Indian journal of veterinary science and animal husbandry - Volumes 15-17, 1948-1951
Year: 1948
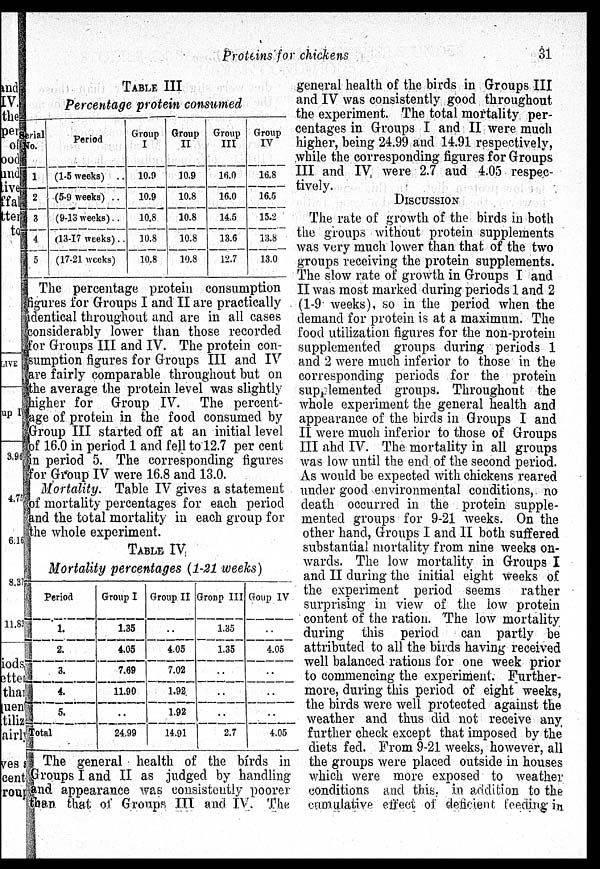
Proteins for chickens
31
TABLE III
Percentage protein consumed
Serial
No.
1
2
3
4
5
Period
(1-5 weeks) ..
(5-9 weeks) ..
(9-13 weeks)..
(13-17 weeks)..
(17-21 weeks)
Group
I
10.9
10.9
10.8
10.8
10.8
Group
II
10.9
10.8
10.8
10.8
10.8
Group
III
16.0
16.0
14.5
13.6
12.7
Group
IV
16.8
16.5
15.2
13.8
13.0
The percentage protein consumption
figures for Groups I and II are practically
dentical throughout and are in all cases
considerably lower than those recorded
for Groups III and IV. The protein con-
sumption figures for Groups III and IV
are fairly comparable throughout but on
the average the protein level was slightly
higher for Group IV. The percent-
age of protein in the food consumed by
Group III started off at an initial level
of 16.0 in period 1 and fell to 12.7 per cent
in period 5. The corresponding figures
for Group IV were 16.8 and 13.0.
Mortality. Table IV gives a statement
of mortality percentages for each period
and the total mortality in each group for
the whole experiment.
TABLE IV
Mortality percentages (1-21 weeks)
Period
1.
2.
3.
4.
5.
Total
Group I
1.35
4.05
7.69
11.90
..
24.99
Group II
..
4.05
7.02
1.92
1.92
14.91
Group III
1.35
1.35
..
..
..
2.7
Goup IV
..
4.05
..
..
..
4.05
The general health of the birds in
Groups I and II as judged by handling
and appearance was consistently poorer
than that of Groups III and IV. The
general health of the birds in Groups III
and IV was consistently good throughout
the experiment. The total mortality per-
centages in Groups I and II were much
higher, being 24.99 and 14.91 respectively,
while the corresponding figures for Groups
III and IV were 2.7 aud 4.05 respec-
tively.
DISCUSSION
The rate of growth of the birds in both
the groups without protein supplements
was very much lower than that of the two
groups receiving the protein supplements.
The slow rate of growth in Groups I and
II was most marked during periods 1 and 2
(1-9 weeks), so in the period when the
demand for protein is at a maximum. The
food utilization figures for the non-protein
supplemented groups during periods 1
and 2 were much inferior to those in the
corresponding periods for the protein
supplemented groups. Throughout the
whole experiment the general health and
appearance of the birds in Groups I and
II were much inferior to those of Groups
III ahd IV. The mortality in all groups
was low until the end of the second period.
As would be expected with chickens reared
under good environmental conditions, no
death occurred in the protein supple-
mented groups for 9-21 weeks. On the
other hand, Groups I and II both suffered
substantial mortality from nine weeks on-
wards. The low mortality in Groups I
and II during the initial eight weeks of
the experiment period seems rather
surprising in view of the low protein
content of the ration. The low mortality
during this period
can partly be
attributed to all the birds having received
well balanced rations for one week prior
to commencing the experiment. Further-
more, during this period of eight weeks,
the birds were well protected against the
weather and thus did not receive any
further check except that imposed by the
diets fed. From 9-21 weeks, however, all
the groups were placed outside in houses
which were more exposed to weather
conditions and this, in addition to the
cumulative effect of deficient feeding in